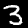
Digit: 3